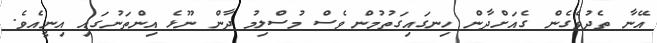
އޭނާ ތެދުވެގެން ގެއަށްދާން ހިނގައިގަތުމުން ވެސް މުސްލިމު ދާން ނޫޅެ އިންތަނުގައި އިނީއެވެ.